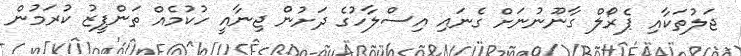
ޖަލުތަކާއި ޕެރޯލް ގާނޫނުނަށް ގެނައި އިސްލާހުގެ ދަށުން ޖިނާއީ ހުކުމެއް ތަންފީޒު ކުރަމުން